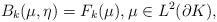
LaTeX: \begin{align*}B_k(\mu,\eta)= F_k(\mu),\mu \in L^{2}(\partial K),\end{align*}